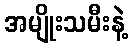
အမျိုးသမီးနဲ့